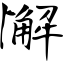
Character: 懈